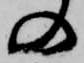
の